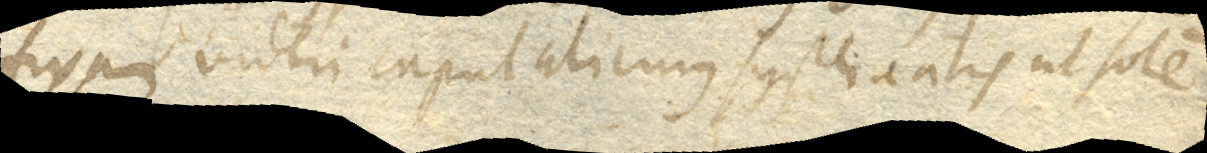
fixam videri caput alicujus systematis ut solem